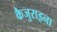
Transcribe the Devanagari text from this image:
कैजुराइना